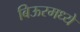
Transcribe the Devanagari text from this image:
बिऊरमध्ये